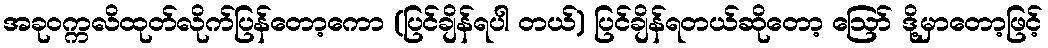
အခုဝက္ကလိထုတ်လိုက်ပြန်တော့ကော (ပြင်ချိန်ရပါ တယ်) ပြင်ချိန်ရတယ်ဆိုတော့ ဪ ဒို့မှာတော့ဖြင့်